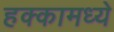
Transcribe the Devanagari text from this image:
हक्कामध्ये